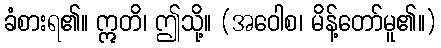
ခံစားရ၏။ ဣတိ၊ ဤသို့။ (အဝေါစ၊ မိန့်တော်မူ၏။)